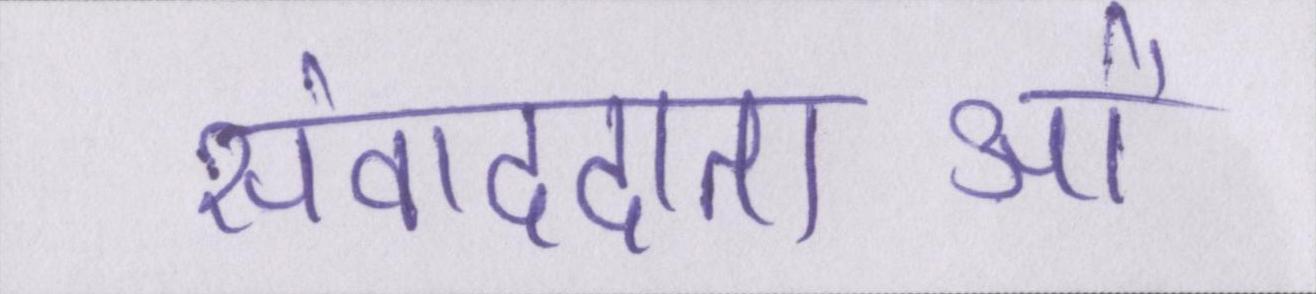
संवाददाताओं